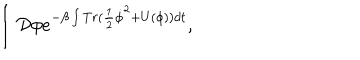
\int { \cal D } \phi e ^ { - \beta \int T r ( \frac { 1 } { 2 } \dot { \phi } ^ { 2 } + U ( \phi ) ) d t } ,